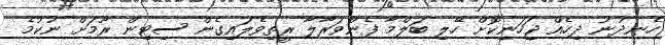
ހެނދުނު ދިހެއް ޖަހަނިކޮށް ހޭލި ބަލްމާ ފެންވަރާލާ ރީތިވެލައިގެން ސިޓިން ރޫމަށް ނުކުމެ